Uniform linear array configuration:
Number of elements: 24
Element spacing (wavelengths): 0.25
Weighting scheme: exponential
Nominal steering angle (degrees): -60
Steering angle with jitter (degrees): -59.016
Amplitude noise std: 0.05
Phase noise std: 0.05

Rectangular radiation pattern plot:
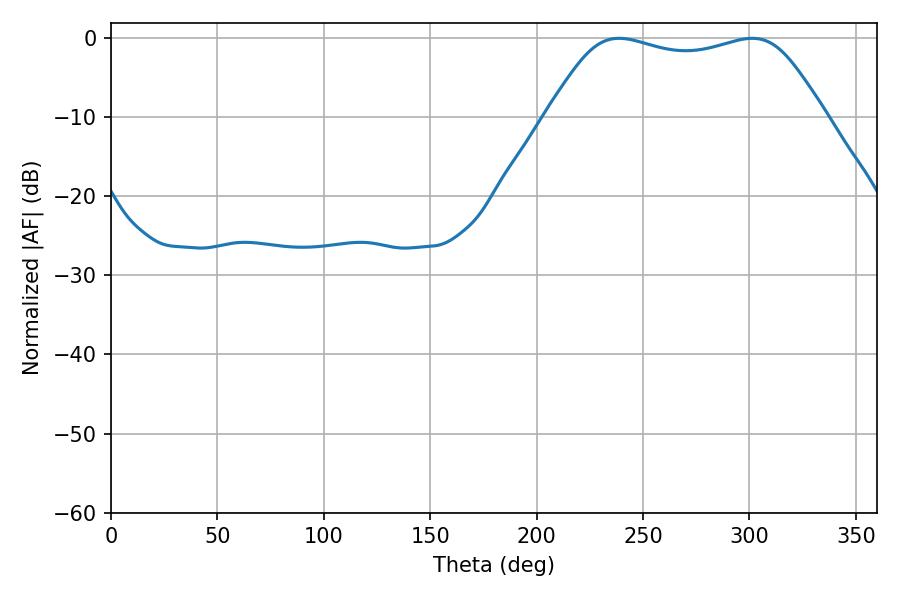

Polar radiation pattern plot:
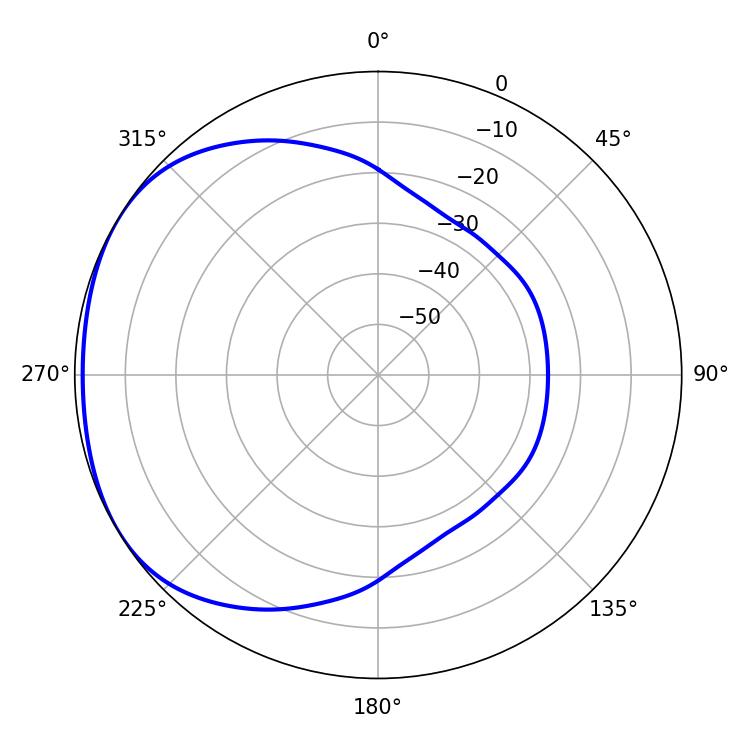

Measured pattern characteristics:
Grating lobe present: FALSE
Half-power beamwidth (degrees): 99.72
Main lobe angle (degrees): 301.32